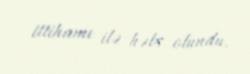
ittihamı ilə həbs olundu.